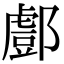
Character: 𨞘